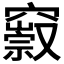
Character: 𥨢